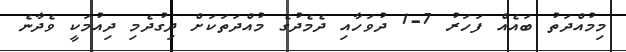
މިމުއްދަތު ބައެއް ފަހަރު 7-1 ދުވަހާއި ދެމެދުގެ މުއްދަތަކަށް ދިގުދެމި ދިއުމަކީ ވެދާނެ